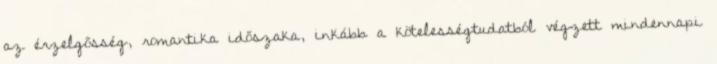
az érzelgősség, romantika időszaka, inkább a kötelességtudatból végzett mindennapi